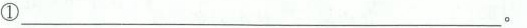
① ___。